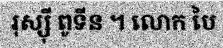
រុស្ស៊ី ពូទីន ។ លោក បៃ